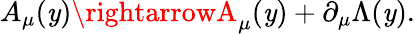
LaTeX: A_{\mu}(\mathit{y})\rightarrowA_{\mu}(\mathit{y})+\partial_{\mu}\Lambda(\mathit{y}).